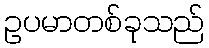
ဥပမာတစ်ခုသည်